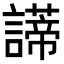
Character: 𧬺